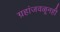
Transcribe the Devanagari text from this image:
ग्रहांजवळूनही